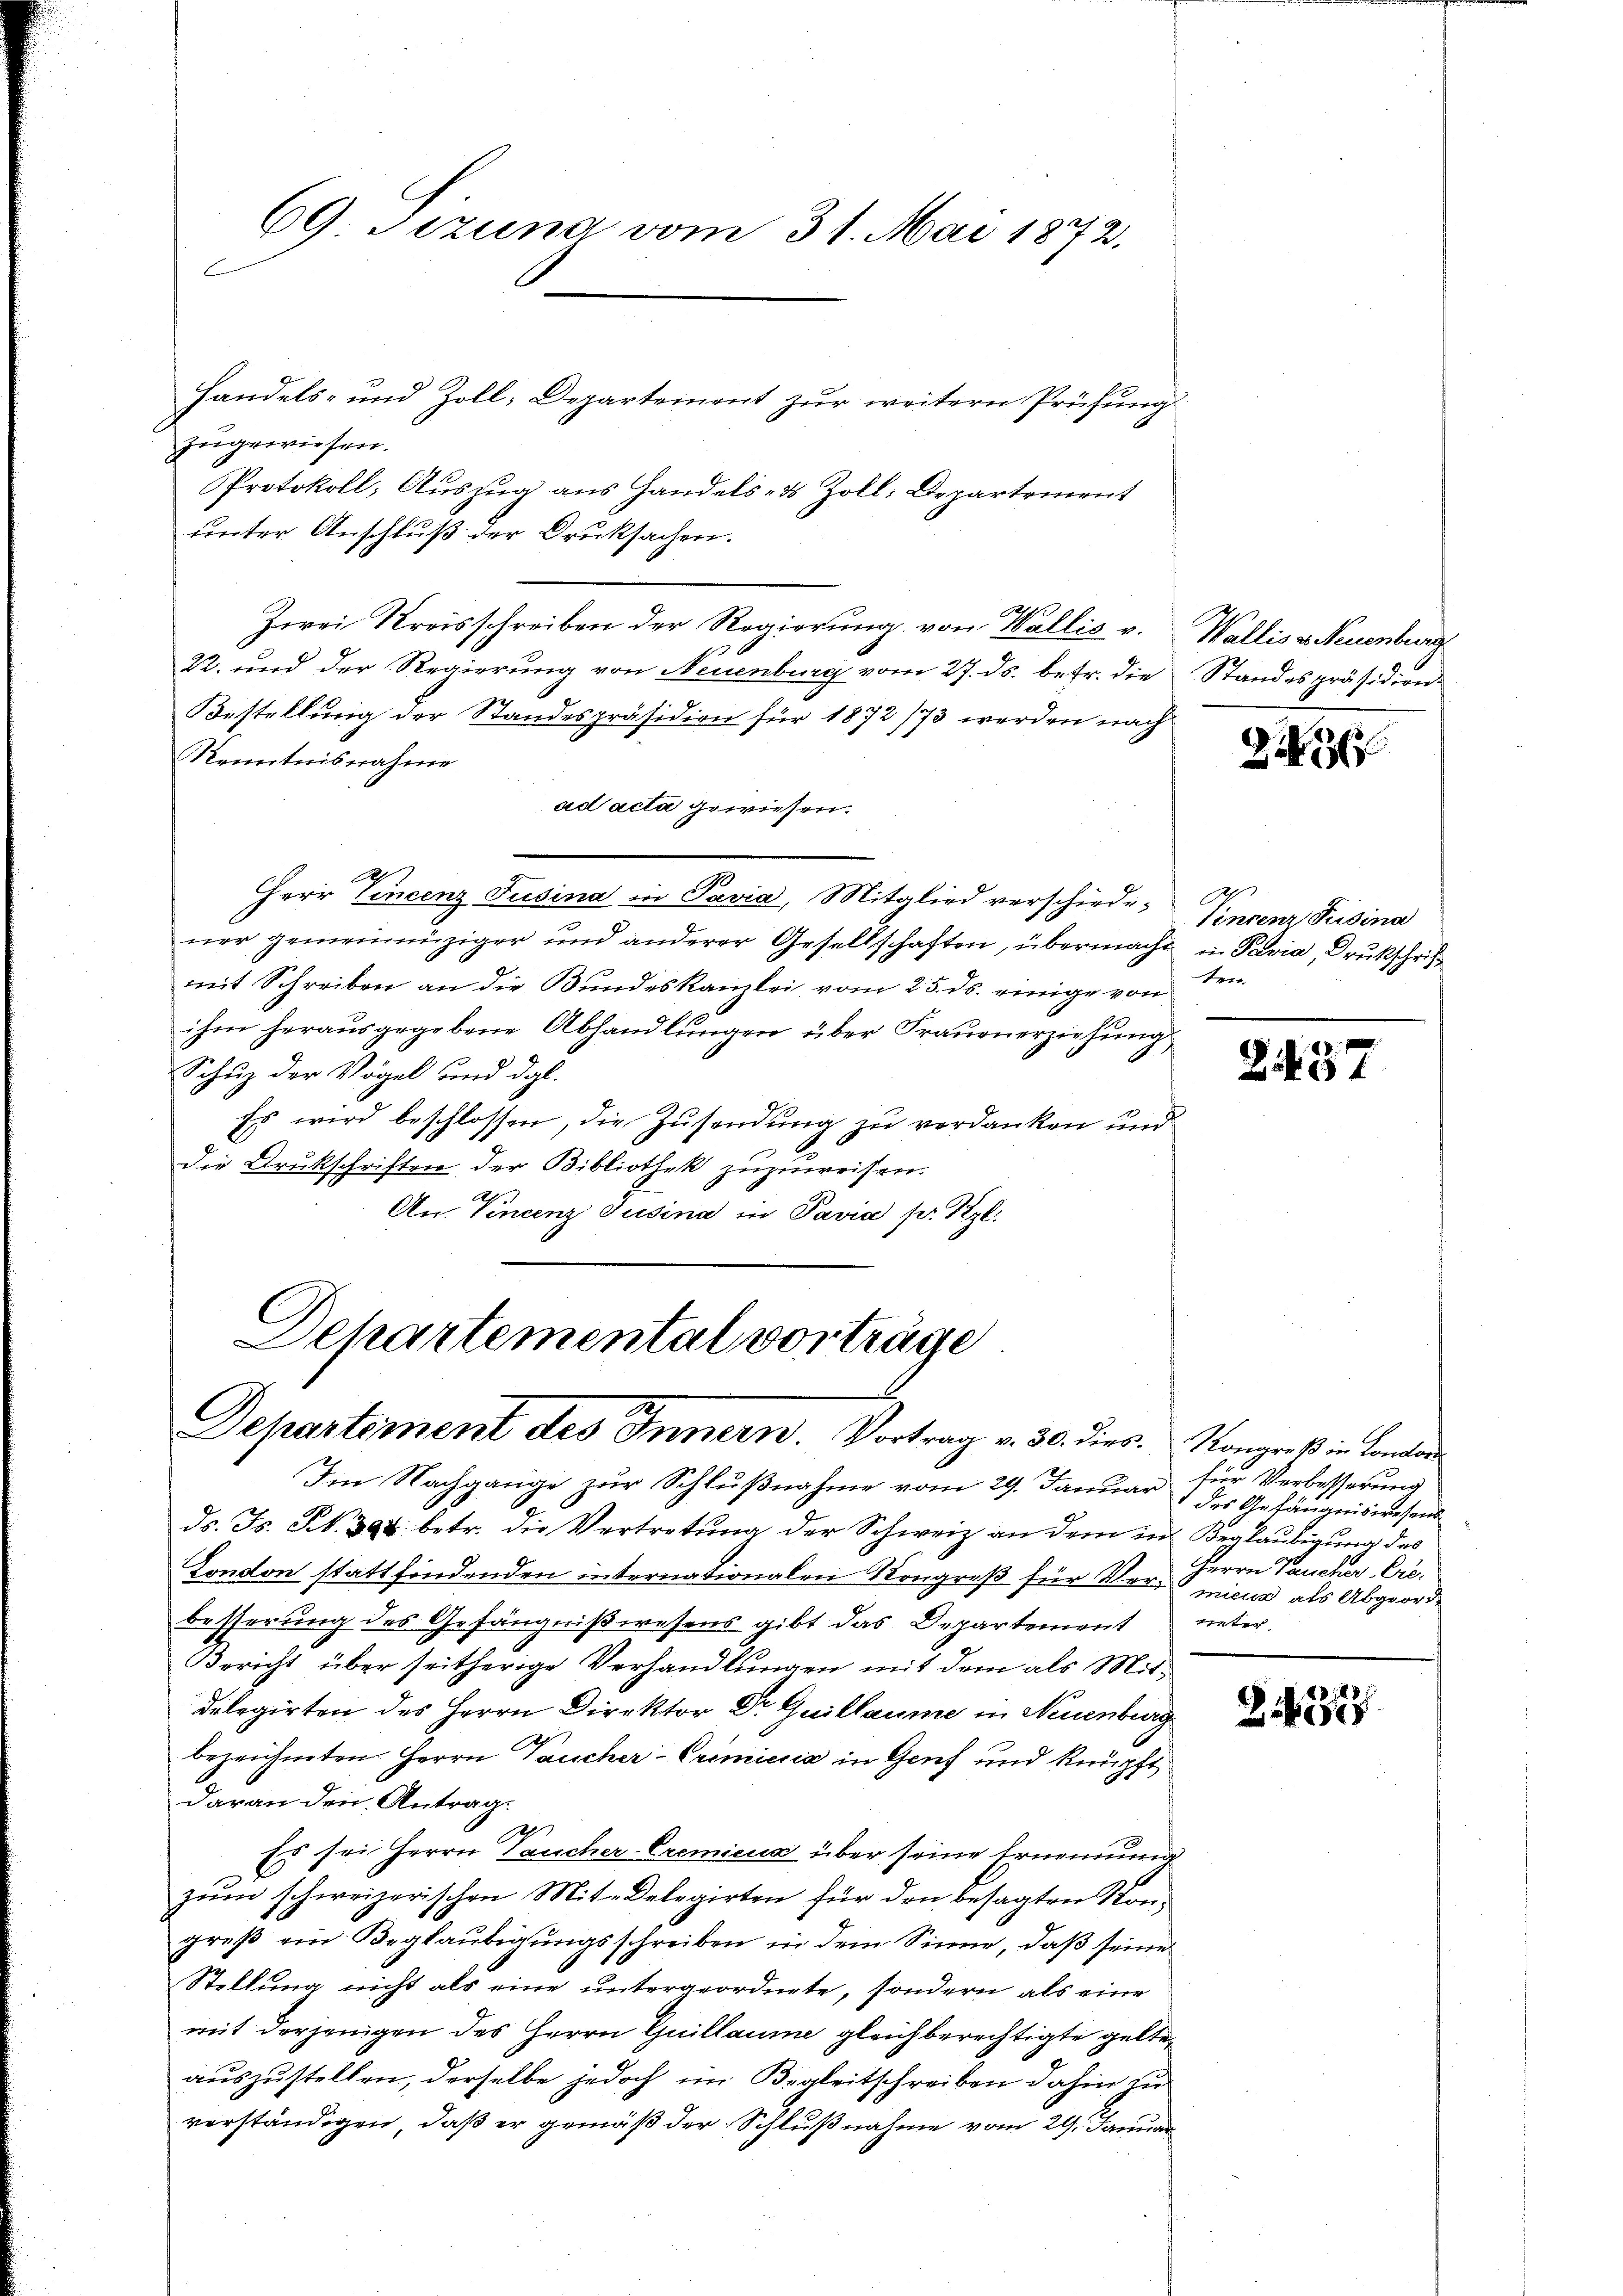
69 Jizuna vom 31. Mai 1872.

Handels- und Zoll-Departement zur weitern Prüfung
zugewiesen.
Protokoll, Auszug aus Handels- & Zoll: Departement
unter Anschluß der Drucksachen.
0
Zwei Kreisschreiben der Regierung von Wallis v.
22. und der Regierung von Neuenburg vom 27. ds. betr. die
Bestellung der Standespräsidion für 1872/73 werden nach
Kenntnisnahme
ad acta gewiesen.
Herr Vincenz Tusina in Pavia, Mitglied verschiedener gemeinnüziger und anderer Gesellschaften, übermacht u. Pavia, Drukschrift
mit Schreiben an die Bundeskanzlei, vom 25. ds. einige von
ihm herausgegebene Abhandlungen über Frauenerziehung
Schuz der Vögel und dgl.
Es wird beschlossen, die Zusendung zu verdanken und
die Drukschriften der Bibliothek zuzuweisen.
An Vincenz Jusina in Pavia pr. Kgl.

Departemental vorträge
Departement des Innern. Vortrag v. 30. dies. Kongreß in Kanton

Im Nachgange zur Schlußnahme vom 29. Januar für Verbesserung
ds. Js. N. 394. betr. die Vertretung der Schweiz an dem in Beglaubigung des
London stattfindenden internationalen Kongreß für Vermier als Abgeordbesserung des Gefängnißwesens gibt das Departement
Bericht über seitherige Verhandlungen mit dem als Mit¬
Delegirten des Herrn Direktor Dr Guillaume in Neuenburg
bezeichneten Herrn Taucher-Crimiccia in Genf und knüpft
daran den Antrag.
.
Es sei Herrn Laucher-Cremiens über seine Ernennung
zum schweizerischen Mit-Delegirten für den besagten Kongreß ein Beglaubigungsschreiben in dem Sinne, daß seine
Stellung nicht als eine untergeordnete, sondern als eine
mit derjenigen des Herrn Guillaume gleichberechtigte gelteauszustellen, derselbe jedoch im Begleitschreiben dahin zu
verständigen, daß er gemäß der Schlußnahme vom 29. Januar

Wallis v. Neuenburg
Standespräsidien.

2

A.
tincenz Pusina
tei

2457

des Gefängniswesens
Herrn Paucker Creginter

Z 27